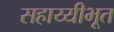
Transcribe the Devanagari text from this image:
सहाय्यीभूत